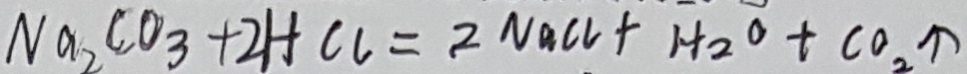
N a _ { 2 } C O _ { 3 } + 2 H C l = 2 N a C l + H _ { 2 } O + C O _ { 2 } \uparrow